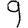
Digit: 9